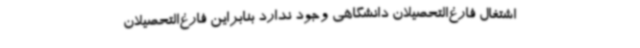
اشتغال فارغ‌التحصیلان دانشگاهی وجود ندارد بنابراین فارغ‌التحصیلان